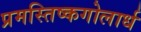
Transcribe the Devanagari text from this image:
प्रमस्तिष्कगोलार्ध